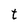
Character: t